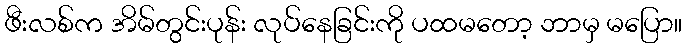
ဖီးလစ်က အိမ်တွင်းပုန်း လုပ်နေခြင်းကို ပထမတော့ ဘာမှ မပြော။